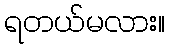
ရတယ်မလား။